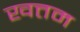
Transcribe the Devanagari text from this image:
खत्तम